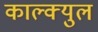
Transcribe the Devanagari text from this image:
काल्क्युल